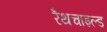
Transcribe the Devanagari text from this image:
रैथचाइल्ड